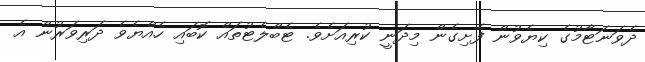
ދެވަނަޓާމުގެ ކިޔެވުން ފެށިގެން މިދަނީ ކުރިއަށެވެ. ޓެބްލެޓުތައް ކޮބައި ހެއްޔެވެ ދަރިވަރުން އެ